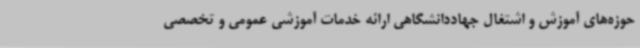
حوزه‌های آموزش و اشتغال جهاددانشگاهی ارائه خدمات آموزشی عمومی و تخصصی